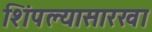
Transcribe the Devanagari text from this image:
शिंपल्यासारखा